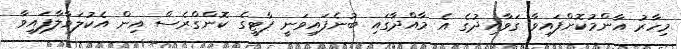
މިހާރު އާންމުކޮށްފައިވާ ގަވާއިދުގެ އެ މާއްދާގައި ބުނެފައިވަނީ ޕާޓީގެ ކޮންގްރެސް އިން އެކުލަވާލާފައިވާ